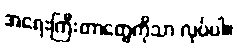
အရေးကြီးတာတွေကိုသာ လုပ်ပါ။